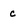
Character: c